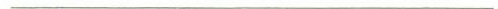
___